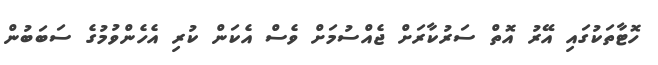
ހޮޓާތަކުގައި އޭރު އޮތް ސަރުކާރަށް ޖެއްސުމަށް ވެސް އެކަން ކުރި އެހެންވުމުގެ ސަބަބުން